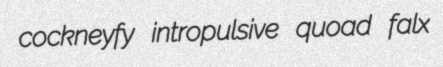
cockneyfy intropulsive quoad falx